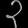
Digit: ၃